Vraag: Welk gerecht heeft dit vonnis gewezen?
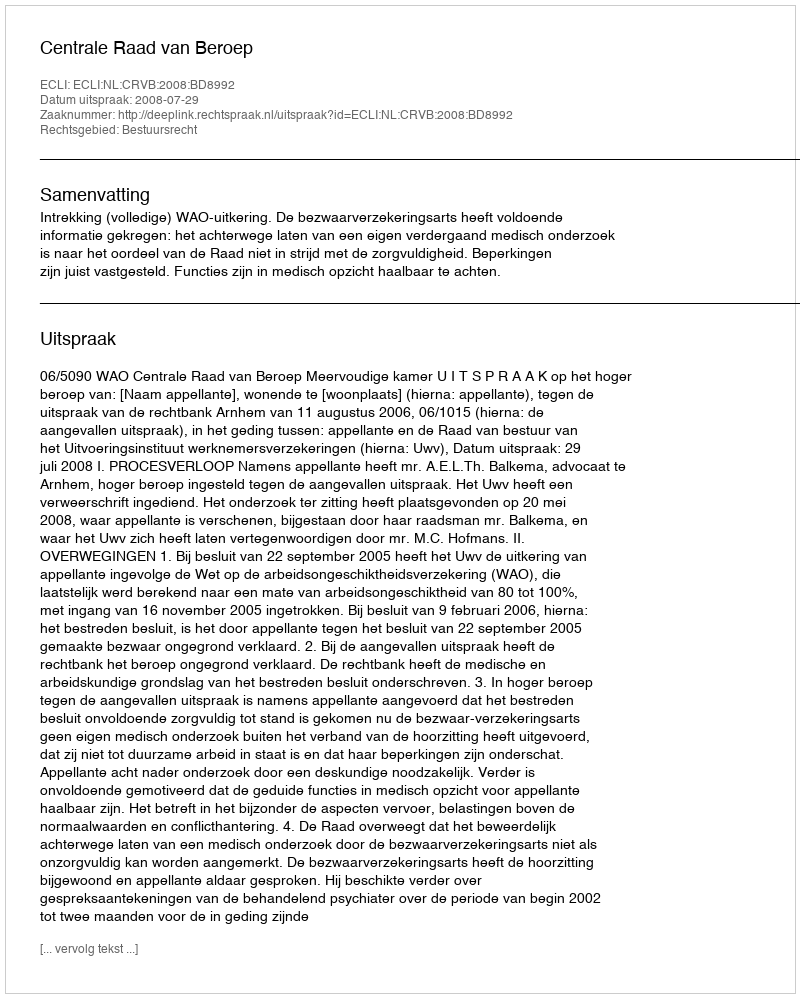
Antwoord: Centrale Raad van Beroep